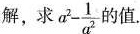
解，求 $$a^{2}- \frac{1}{a^{2}}$$ 的值。